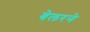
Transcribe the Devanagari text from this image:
बेलरने